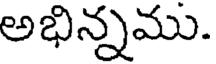
అభిన్నము.